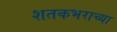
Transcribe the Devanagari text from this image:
शतकभराच्या